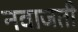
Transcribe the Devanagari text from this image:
नवाजती